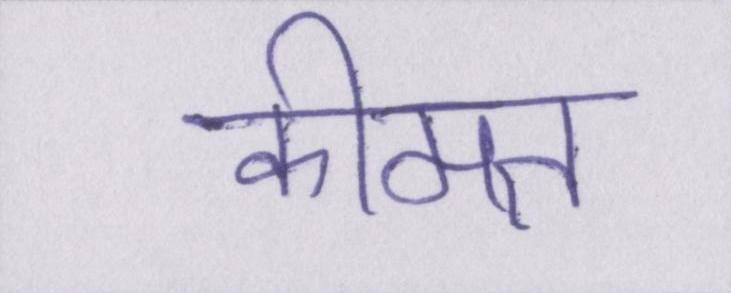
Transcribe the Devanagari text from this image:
कीमत